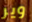
وير